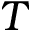
T